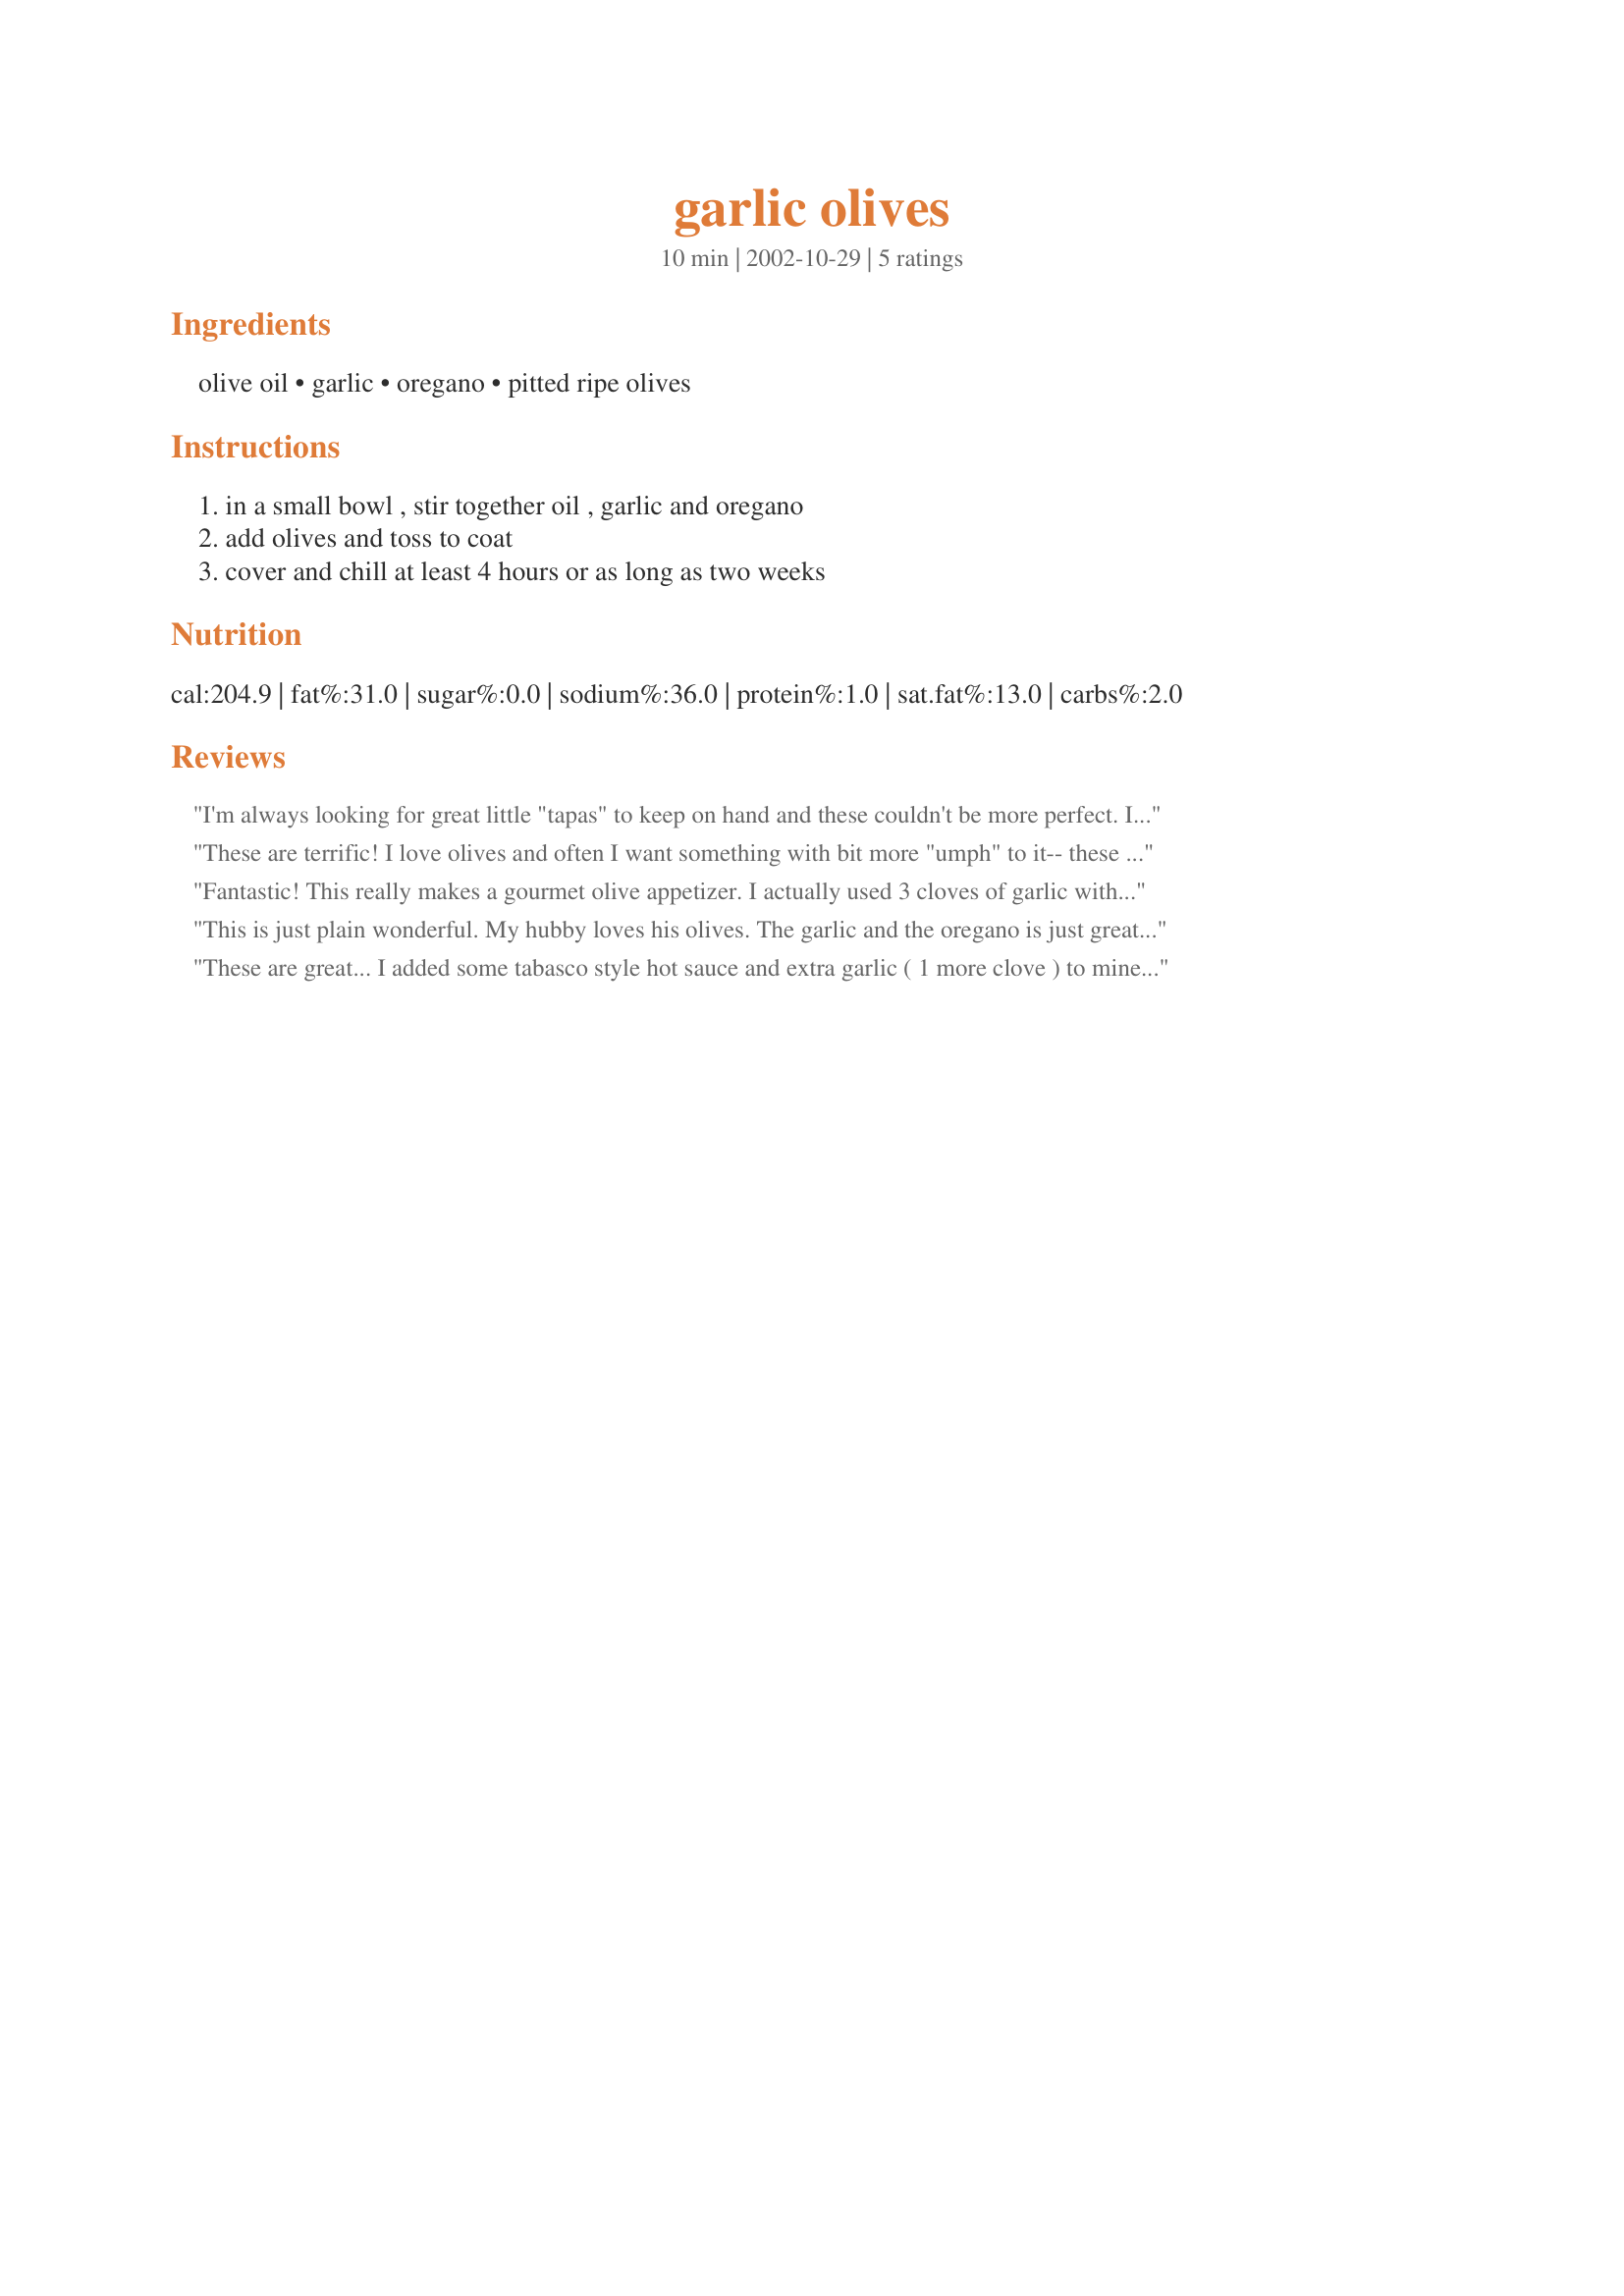
garlic olives
Preparation time: 10 minutes

Ingredients:
olive oil, garlic, oregano, pitted ripe olives

Steps:
in a small bowl , stir together oil , garlic and oregano, add olives and toss to coat, cover and chill at least 4 hours or as long as two weeks

Reviews:
I'm always looking for great little "tapas" to keep on hand and these couldn't be more perfect. I made them with Kalamatas and they were fabulous. Thanks for a terrific recipe.
These are terrific! I love olives and often I want something with bit more "umph" to it-- these olives hit the mark! Thanks.
Fantastic! This really makes a gourmet olive appetizer. I actually used 3 cloves of garlic with no problems. I highly recommend this recipe.
This is just plain wonderful. My hubby loves his olives. The garlic and the oregano is just great. This is a BIG keeper for us. This will be used for Thanksgiving. No changes should be made for this. Fix it just as she says and you will have a winner also. Thank You
These are great... I added some tabasco style hot sauce and extra garlic ( 1 more clove ) to mine!

Made these a second time last night(3/16/07) and added some crumbled Stilton cheese to the mix...Real good I Garunteeeee!
